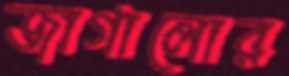
জাগালোর